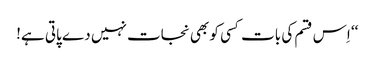
‘‘ اِس قسم کی بات کسی کو بھی نجات نہیں دے پاتی ہے!